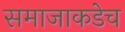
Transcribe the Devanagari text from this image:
समाजाकडेच